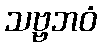
သဗ္ဗဘဝံ